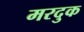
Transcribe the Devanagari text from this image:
मरदुक